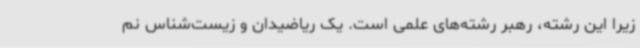
زیرا این رشته، رهبر رشته‌های علمی است. یک ریاضیدان و زیست‌شناس نم